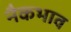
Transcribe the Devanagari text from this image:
नैकभाव